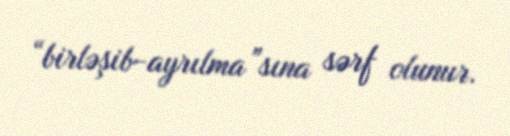
“birləşib-ayrılma”sına sərf olunur.